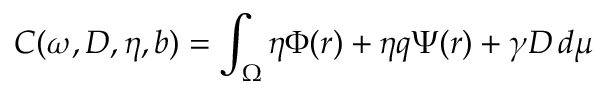
C ( \omega , D , \eta , b ) = \int _ { \Omega } \eta \Phi ( r ) + \eta q \Psi ( r ) + \gamma D \, d \mu \,